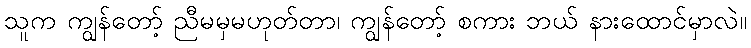
သူက ကျွန်တော့် ညီမမှမဟုတ်တာ၊ ကျွန်တော့် စကား ဘယ် နားထောင်မှာလဲ။